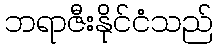
ဘရာဇီးနိုင်ငံသည်